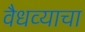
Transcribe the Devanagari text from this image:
वैधव्याचा